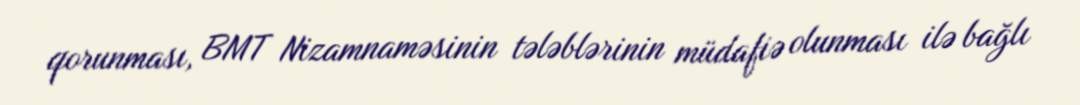
qorunması, BMT Nizamnaməsinin tələblərinin müdafiə olunması ilə bağlı